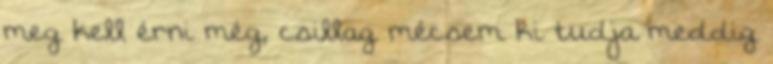
meg kell érni még, csillag mécsem ki tudja meddig